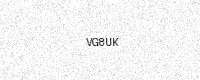
Text: VG8UK